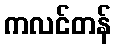
ကလင်တန်